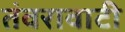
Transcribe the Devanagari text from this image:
तंवरावाटी